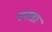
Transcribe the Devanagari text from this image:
स्पाडा